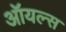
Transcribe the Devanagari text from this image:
ऑयल्स